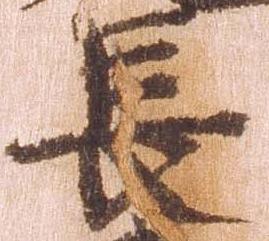
長